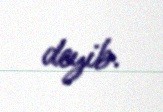
deyib.